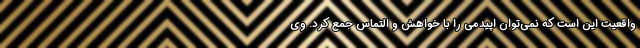
واقعیت این است که نمی‌توان اپیدمی را با خواهش و التماس جمع کرد. وی